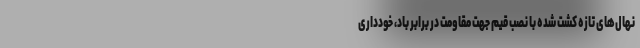
نهال‌های تازه کشت شده با نصب قیم جهت مقاومت در برابر باد، خودداری